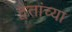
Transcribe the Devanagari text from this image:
द्वैतांच्या